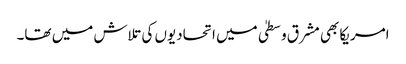
امریکا بھی مشرق وسطیٰ میں اتحادیوں کی تلاش میں تھا۔